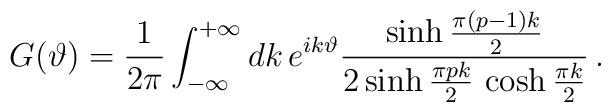
G(\vartheta )=\frac{1}{2\pi }\int ^{+\infty }_{-\infty }dk\, e^{ik\vartheta }\frac{\sinh \frac{\pi (p-1)k}{2}}{2\sinh \frac{\pi pk}{2}\, \cosh \frac{\pi k}{2}}\, .